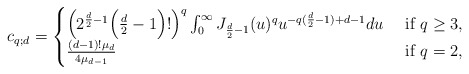
\begin{align*}c_{q;d}= \begin{cases}\Big(2^ {\frac d2 -1}\Big(\frac d2-1\Big)! \Big)^ q\int_0^ \infty J_{\frac d2 -1}(u)^ q u^ {-q(\frac d2-1)+d-1}du& \mbox{ if } q\geq 3,\cr\frac{(d-1)! \mu_d}{4\mu_{d-1}}&\mbox{ if } q=2,\\\end{cases}\end{align*}